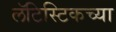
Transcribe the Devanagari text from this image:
लॅटिस्टिकच्या